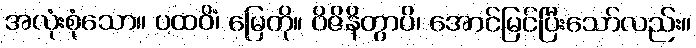
အလုံးစုံသော။ ပထဝိံ၊ မြေကို။ ဝိဇိနိတွာပိ၊ အောင်မြင်ပြီးသော်လည်း။